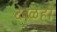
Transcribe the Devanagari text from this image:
देवळंही